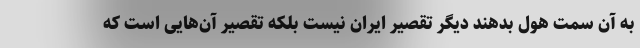
به آن سمت هول بدهند دیگر تقصیر ایران نیست بلکه تقصیر آن‌هایی است که